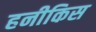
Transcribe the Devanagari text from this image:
हनीकिस